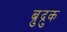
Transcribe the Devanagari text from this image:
ब्रुद्रुक